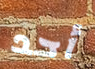
أحد